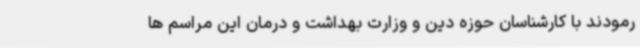
رمودند با کارشناسان حوزه دین و وزارت بهداشت و درمان این مراسم ها